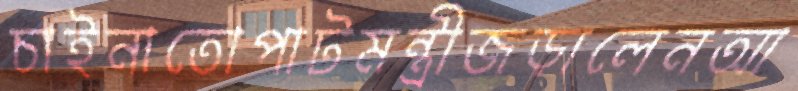
চাইনাতোপাটমন্ত্রীজড়ালেনআ